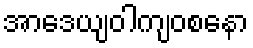
အာဒေယျဝါကျဝစနော